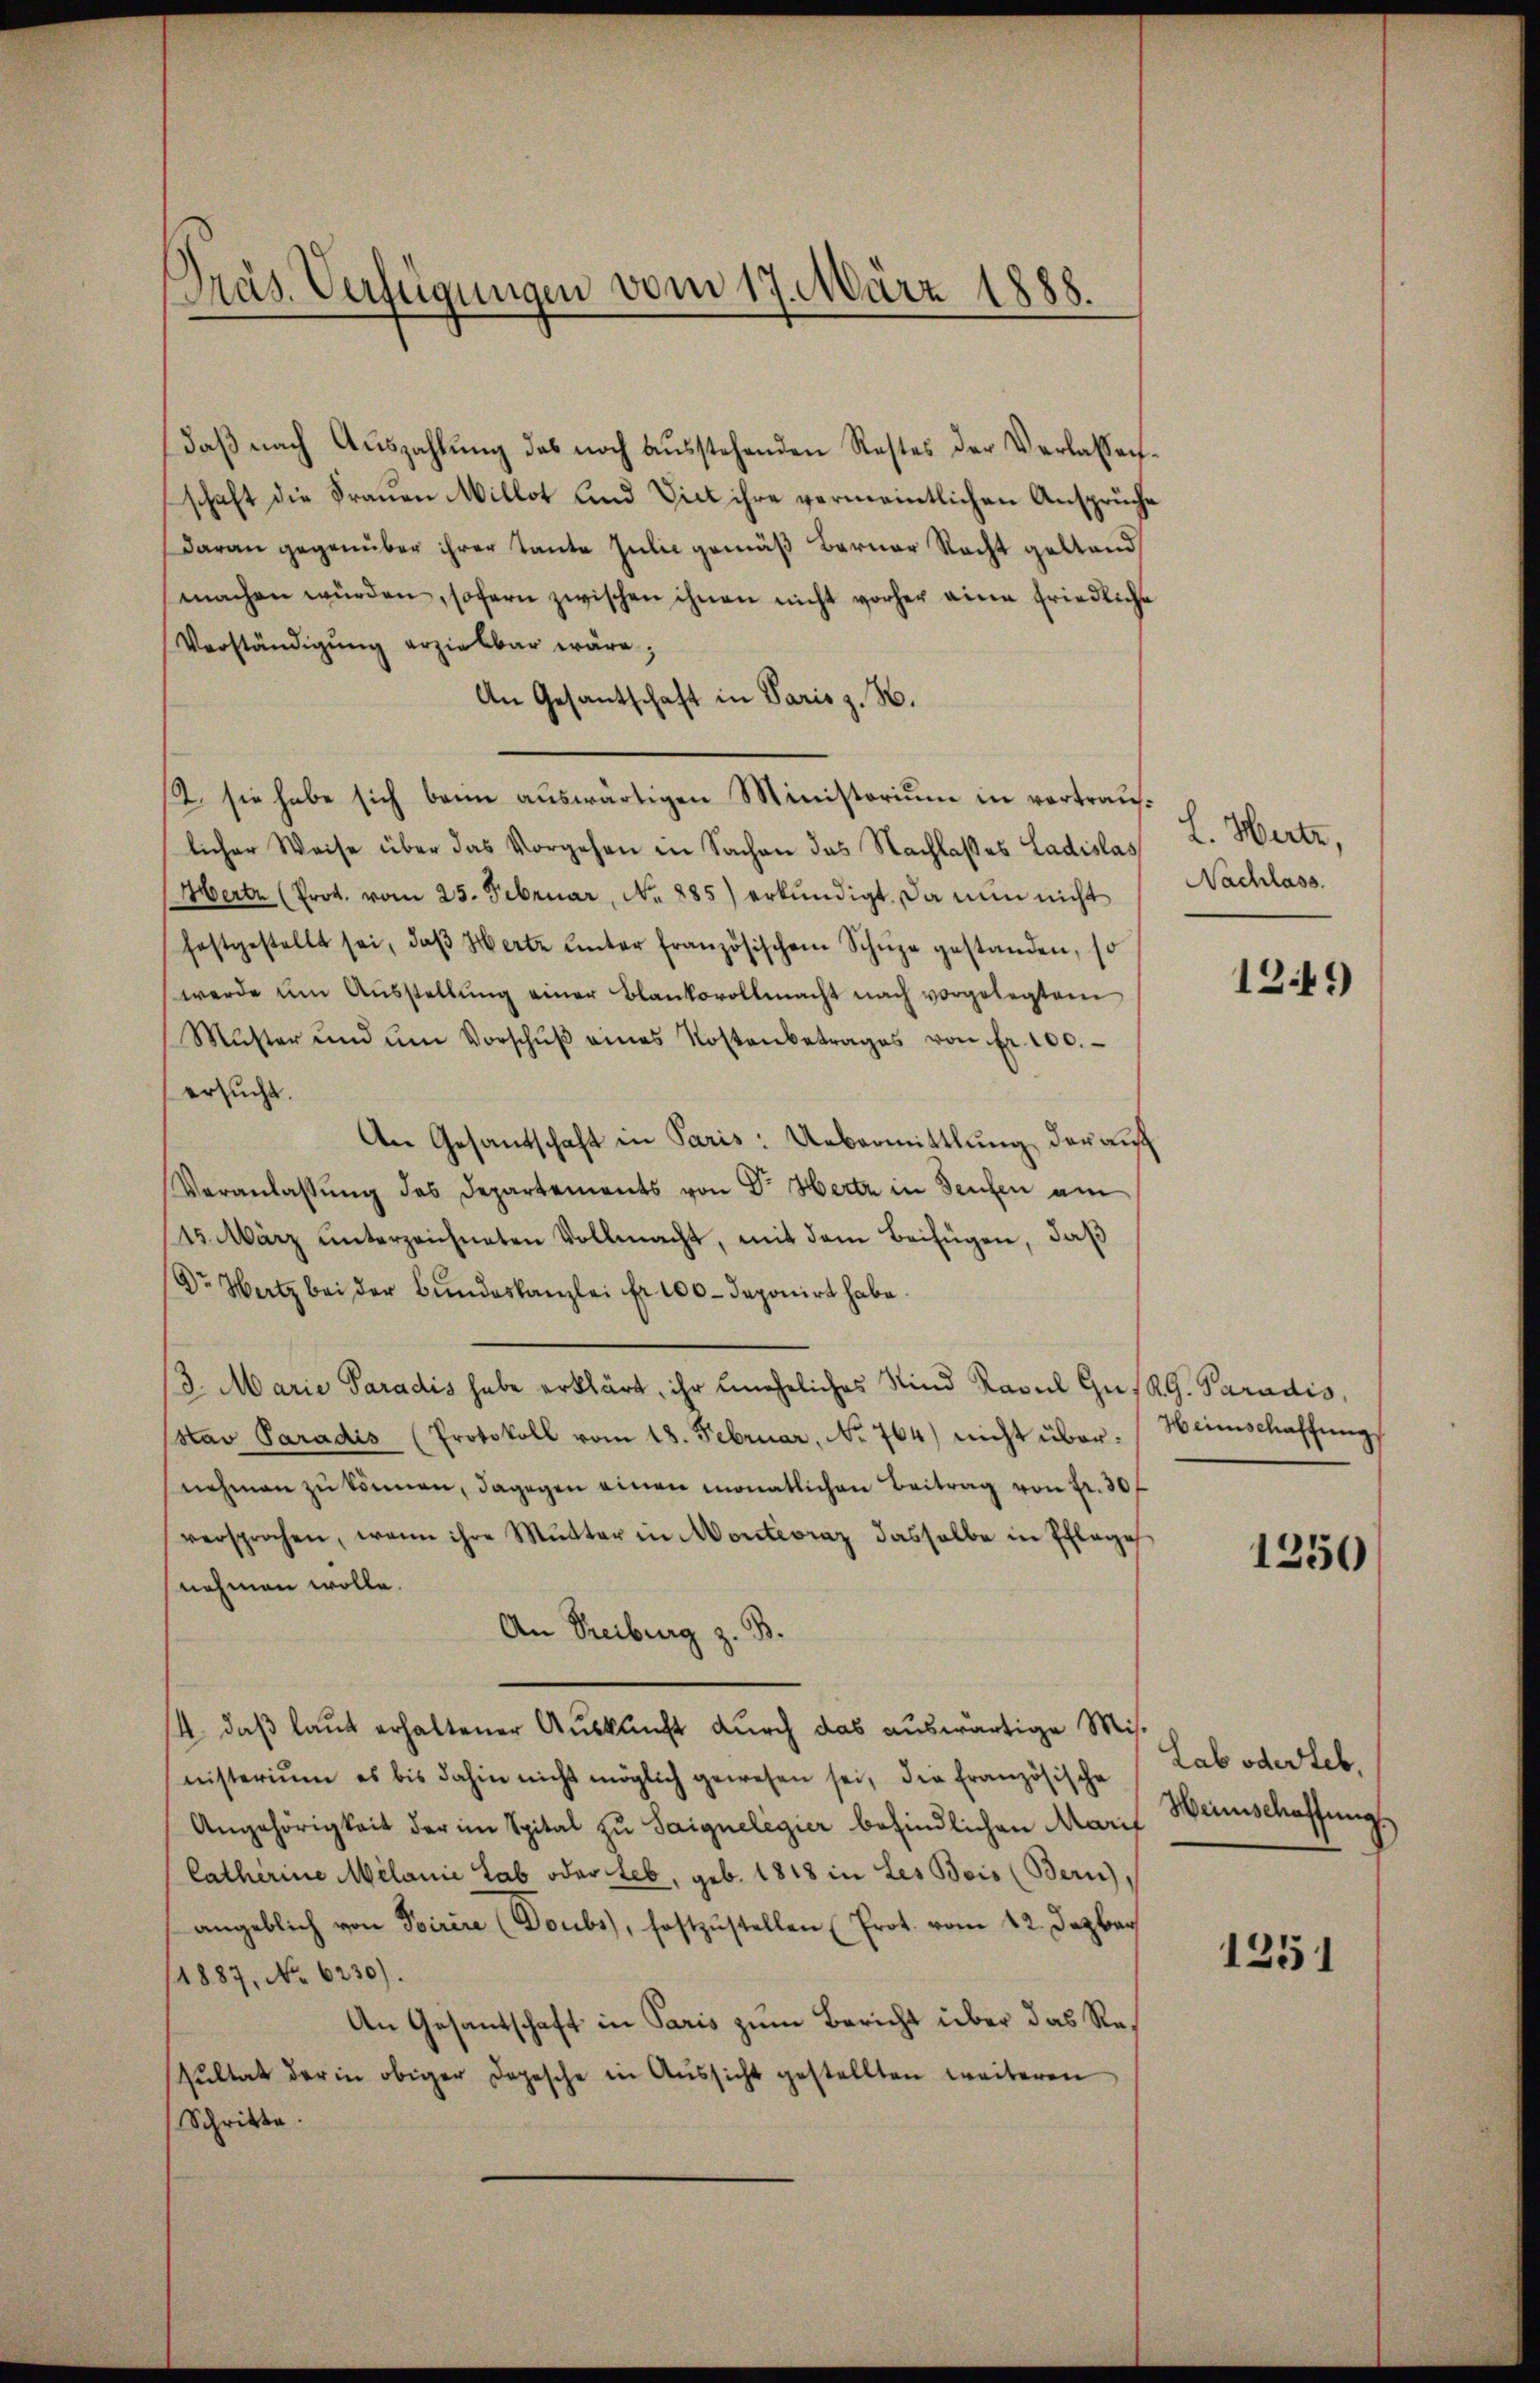
Präs. Verfügungen vom 17. März 1888.

daβ nach Aŭszahlŭng des noch aŭsstehenden Restes der Verlassen-
schaft die Frauen Millot und Viet ihre vermeintlichen Ansprüche
daran gegenüber ihrer Tante Julie gemäß Berner Recht gestand
machen würden, sofern zwischen ihnen nicht vorher eine friedliche
Verständigŭng erzielbar wäre,
An Gesantschaft in Paris z. H.
2. sie habe sich beim auswärtigen Ministorium in vortrauf. E. Werte,
licher Weise über das Vorgehen in Sachen das Nachlasses Ladislas
Mertr (Prot. vom 25. Februar, No. 885) erkŭndigt. Da nun nicht
festgestellt sei, daβ Herte ŭnter französischem Schŭpe gestanden, so
werde ŭm Aŭsstellŭng einer Blankovollmacht nach vorgelegtem
Mŭster und ŭm Vorschŭβ eines Kostenbetrages von fr. 100.
ersucht.
An Gesandschaft in Paris: Uebermittlung der auf
Veranlassung des Departements von Dr Herz in Teufen am
25. März unterzeichneten Vollmacht, mit dem Beifügen, daß
Dr Hertz bei der Bundeskanzlei fr. 100 deponirt habe.
/3. Marie Paradis habe erklärt, ihr eineheliches Kind Kapel Gus R. G. Paradis,
Estav Paradis (Protokoll vom 18. Februar, No 764) nicht übernehmen zŭ können, dagegen einen monatlichen Beitrag von fr. 30 f
versprochen, wenn ihre Mutter in Monteoraz dasselbe in Pflage
nehmen wolle.
An Treiburg z. B.
4., daß laut erhaltener Auskunft durch das auswärtige Misnisterium es bis dahin nicht möglich gewesen sei, die französische
Angehörigkeit der im Spital zu Saignelegier befindlichen Marit
Catherine Melanie Lab oder teb, geb. 1818 in Les Beis (Bern),
angeblich von Pirire (Doubs), festzŭstellen (Prot. vom 12. Dezbr
/1887, No 6230).
An Gesandschaft in Paris zum Bericht über das Resŭltat der in obiger Depesche in Aŭssicht gestellten weiteren
Schritte.

Nachlass.

1249

Heimschaffung

1250

Lab oder Leb
Heinschaffung

1251